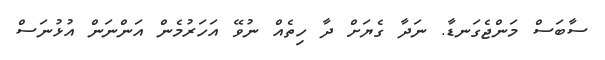
ސާބަސް މަންޖެގަނޑާ. ނަދާ ގެޔަށް ދާ ހިތެއް ނުވޭ އަހަރުމެން އަންނަން އުޅުނަސް